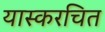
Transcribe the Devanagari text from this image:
यास्करचित